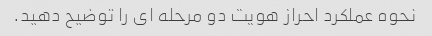
نحوه عملکرد احراز هویت دو مرحله ای را توضیح دهید.